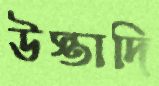
উস্তাদি